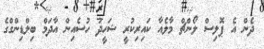
ދެން އެ ޕޮލިސް ލޯންޗް މާލެއާ ކައިރިކުރީ ޝަހީދު ހުސެއިން އާދަމް ބިލްޑިންގްގެ